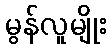
မွန်လူမျိုး